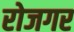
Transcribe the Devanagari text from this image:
रोजगर